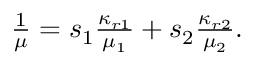
\begin{array} { r } { \frac { 1 } { \mu } = s _ { 1 } \frac { \kappa _ { r 1 } } { \mu _ { 1 } } + s _ { 2 } \frac { \kappa _ { r 2 } } { \mu _ { 2 } } . } \end{array}